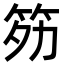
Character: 䇟